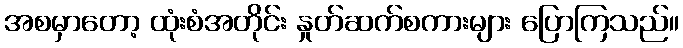
အစမှာတော့ ထုံးစံအတိုင်း နှုတ်ဆက်စကားများ ပြောကြသည်။